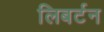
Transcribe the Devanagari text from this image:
लिबर्टन